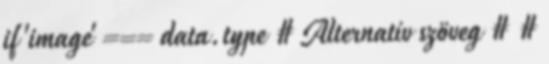
if 'image' === data.type # Alternatív szöveg # #